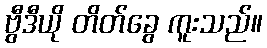
ဗွီဒီယို တိတ်ခွေ ကူးသည်။